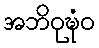
အဘိဝုဍ္ဎံဝ